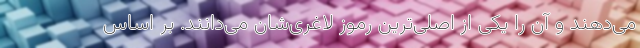
می‌دهند و آن را یکی از اصلی‌ترین رموز لاغری‌شان می‌دانند. بر اساس